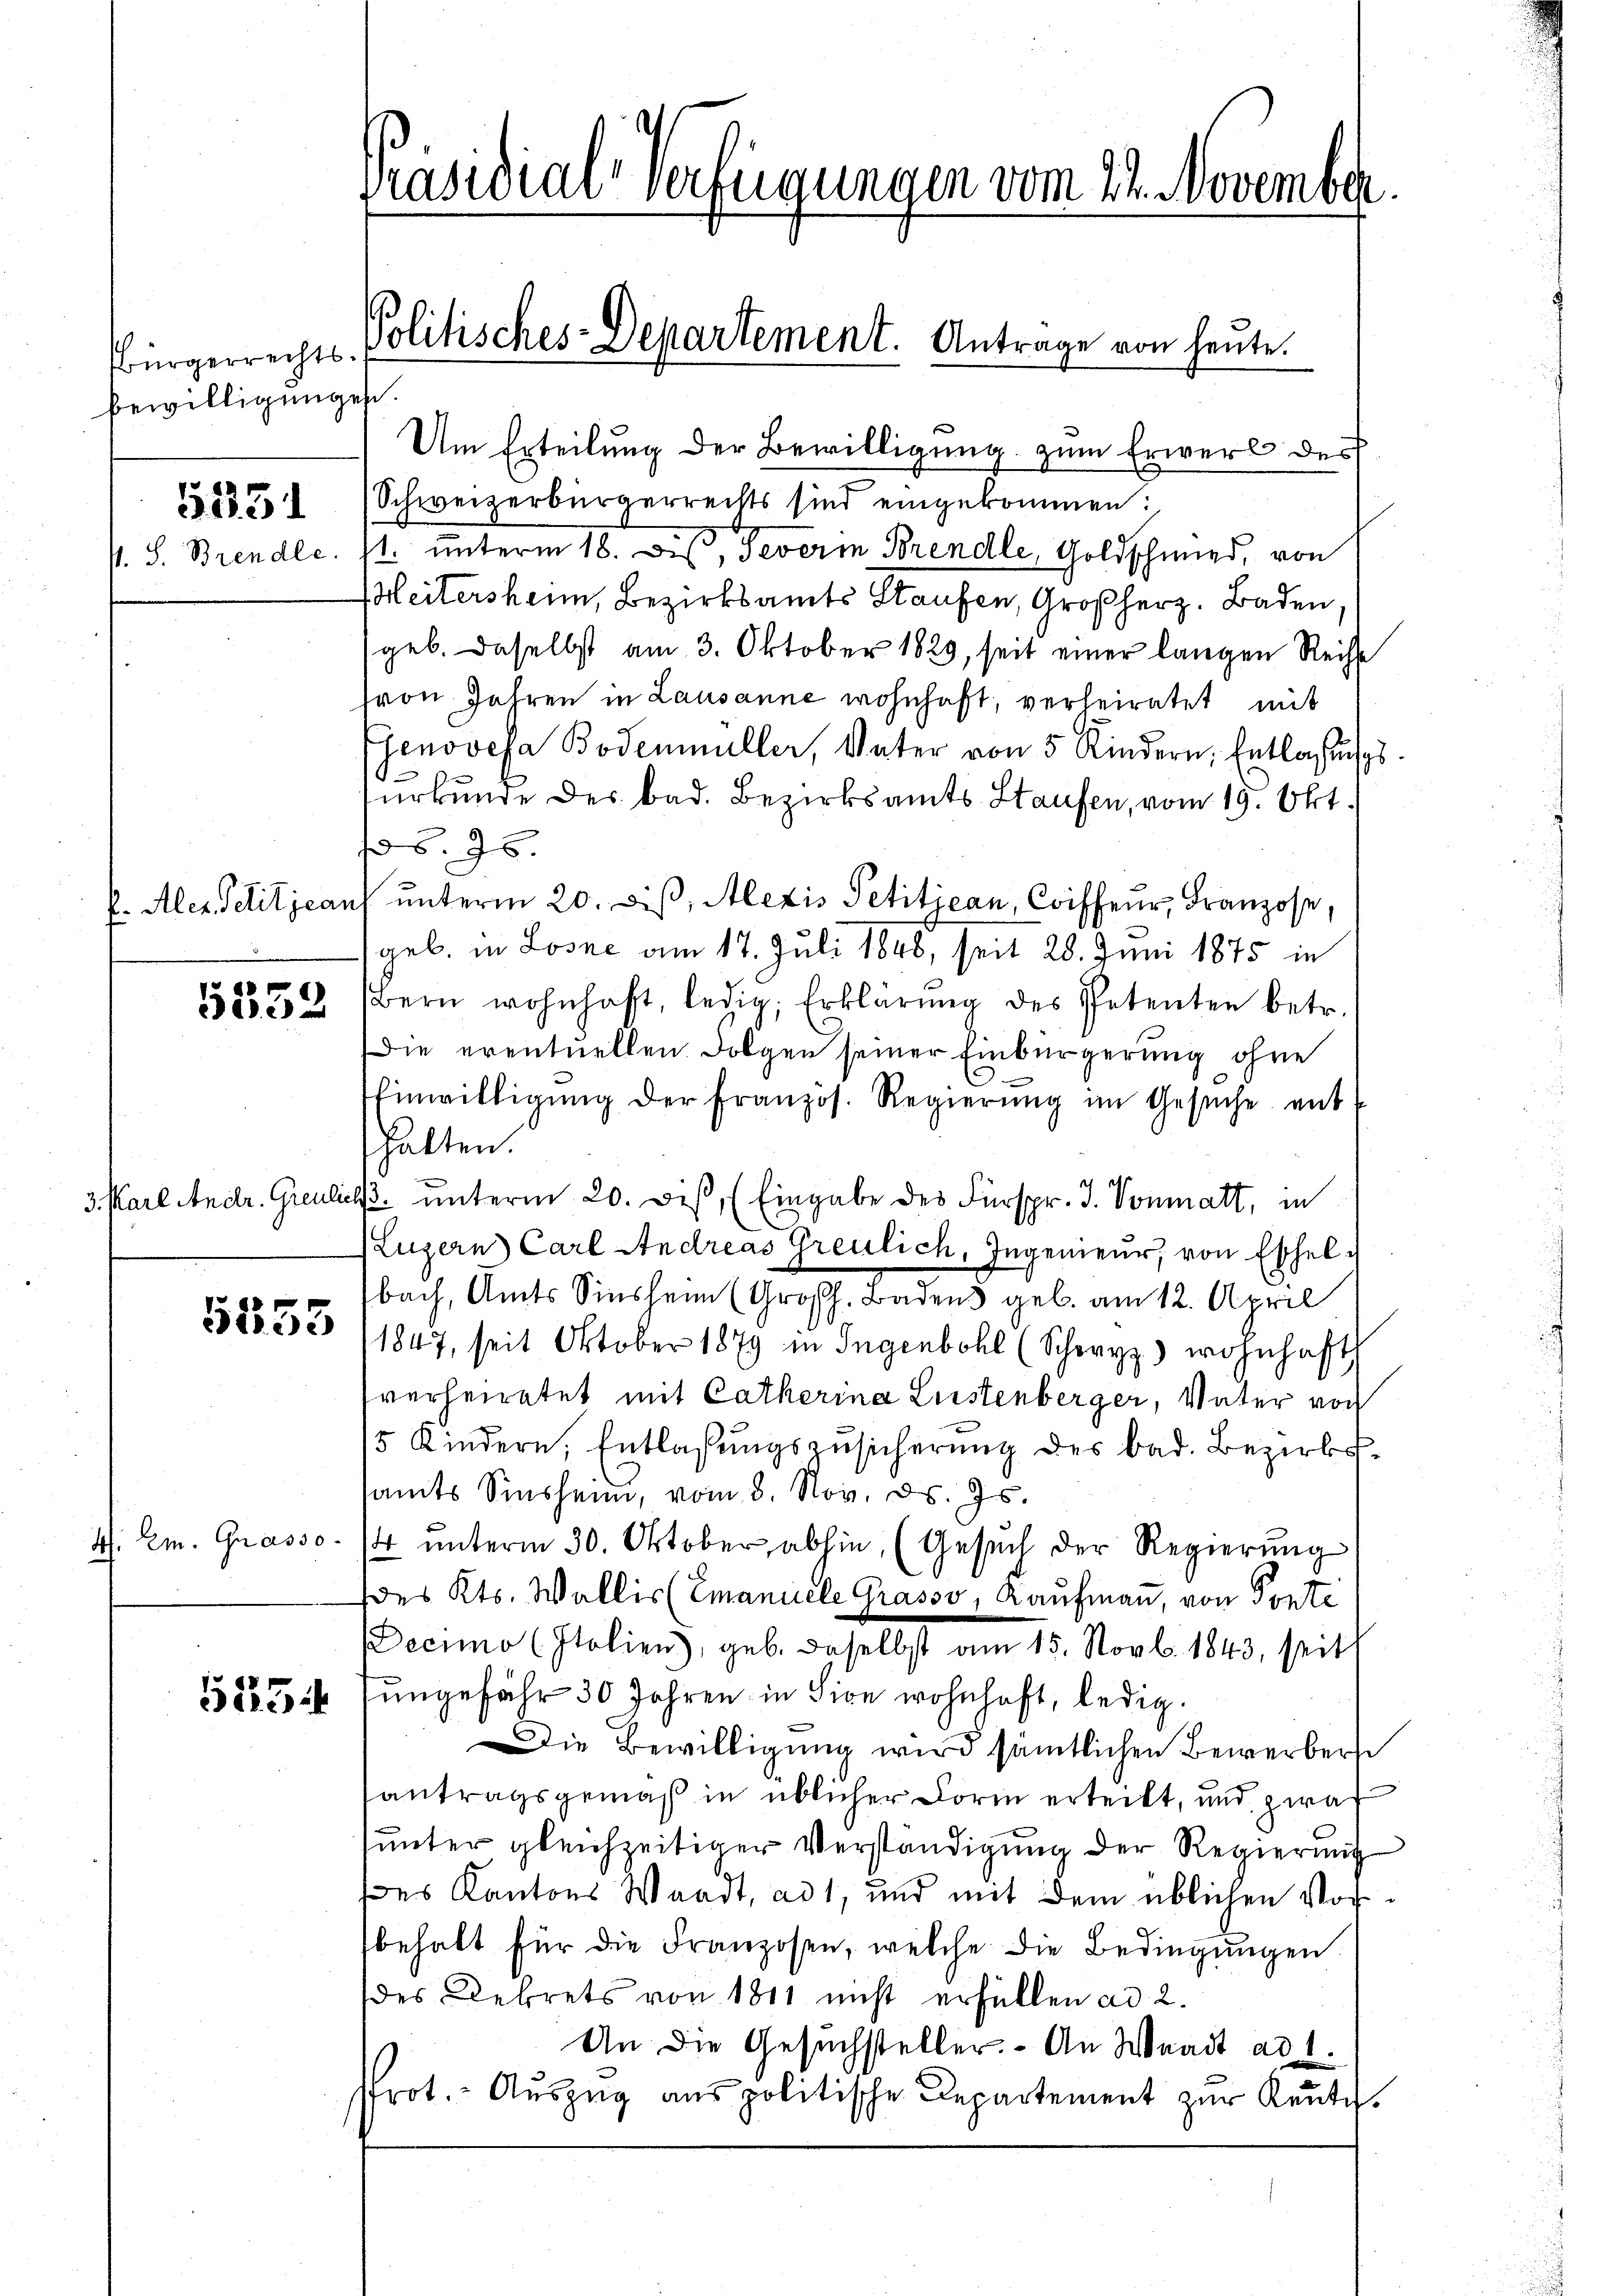
Bürgerrechts.
bewilligungen.

1231

P. S. Brendle.

5333

3. Karl Andr. Greulic

5455

Em. Grasso
.

523

Präsidial-Verfügungen vom 22. November

Um Erteilung der Bewilligung zum Erwerb des
Schweizerbürgerrechts sind eingekommen:
1t. unterm 18. Des, Teverin Brendle, Goldschmied, von
Heitersheim, Bezirksamts Staufen, Großherz. Baden
geb. Daselbst am 3. Oktober 1829, seit einer langen Reihe
von Jahren in Lausanne wohnhaft, verheiratet mit
Genovefa Bodenmüller, Vater von 5 Kindern, Entlassungs
urkunde des Bad. Bezirksamts Staufen, vom 19. Okt.
No 5. 95.
k. Alex Politicans unterm 20. diβ, Alexis Petitjean, Coiffeur, Franzose,
geb. in Losne am 17. Juli 1848, seit 28. Juni 1875 in
Bern wohnhaft, ledig, Erklärŭng des Petenten betr.
Die eventuellen Folgen seiner Einbürgerung ohne
Einwilligŭng der französ. Regierŭng im Gesŭche ent
halten.
l. unterm 20. Des (Eingabe des Fürspr. J. Vonmatt, in
Luzern Carl Andreas Greulich, Ingenieur, von Eschelbach, Amts Sinshen (Großh. Badens geb. am 12. April
11847, seit Oktober 1879 in Ingenbohl (Schwyz) wohnhaft
verheiratet mit Catherina Listenberger, Vater von
15 Kindern, Entlaßungszusicherung des bad. Bezirkssamts Sinsheim, vom 8. Nov. ds. Js.
 ŭnterm 30. Oktober abhin, (Gesuch der Regierung
Des Kts. Wallis (Emanuele Grasso, Kaufmann, von Ponti
Decimo (Italien, geb. daselbst am 15. Novb. 1843, seits
ungefähr 30 Jahren in Sie wohnhaft, ledig
Die Bewilligung wird sämtlichen Bewerbere
santragsgemäß in üblicher Form erteilt, und zwar
unter gleichzeitiger Verständigung der Regierung
Des Kantons Waadt, ad 1, und mit dem üblichen Vorbehalt für die Franzosen, welche die Bedingungen
des Dekrets von 1811 nicht erfüllen ad 2.
An die Gesuchsteller. - An Waadt ad 1.
Prot. Aŭszŭg ans politische Departement zŭr Keṅte.

Politisches-Departement. Antrage von heute.